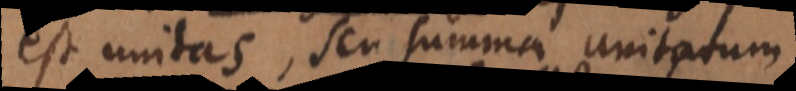
est unitas, seu summa unitatum.